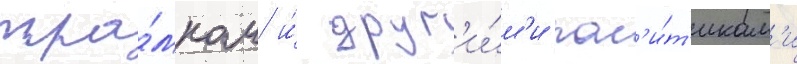
тра́мпом и́ друг'и́м'и пол'и́т'икам'и